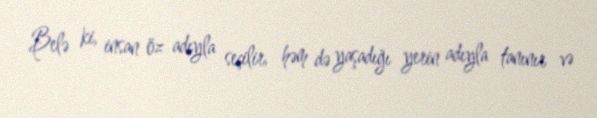
Belə ki, insan öz adıyla seçilir, həm də yaşadığı yerin adıyla tanınır və